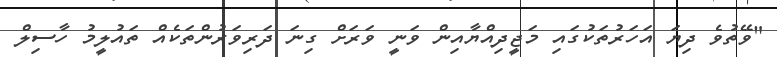
"ވޭތުވެ ދިޔަ އަހަރުތަކުގައި މަޖީދިއްޔާއިން ވަނީ ވަރަށް ގިނަ ދަރިވަރުންތަކެއް ތައުލީމު ހާސިލް